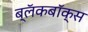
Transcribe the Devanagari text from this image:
ब्‍लॅकबॉक्स